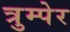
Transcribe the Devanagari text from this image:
त्रुम्पेर